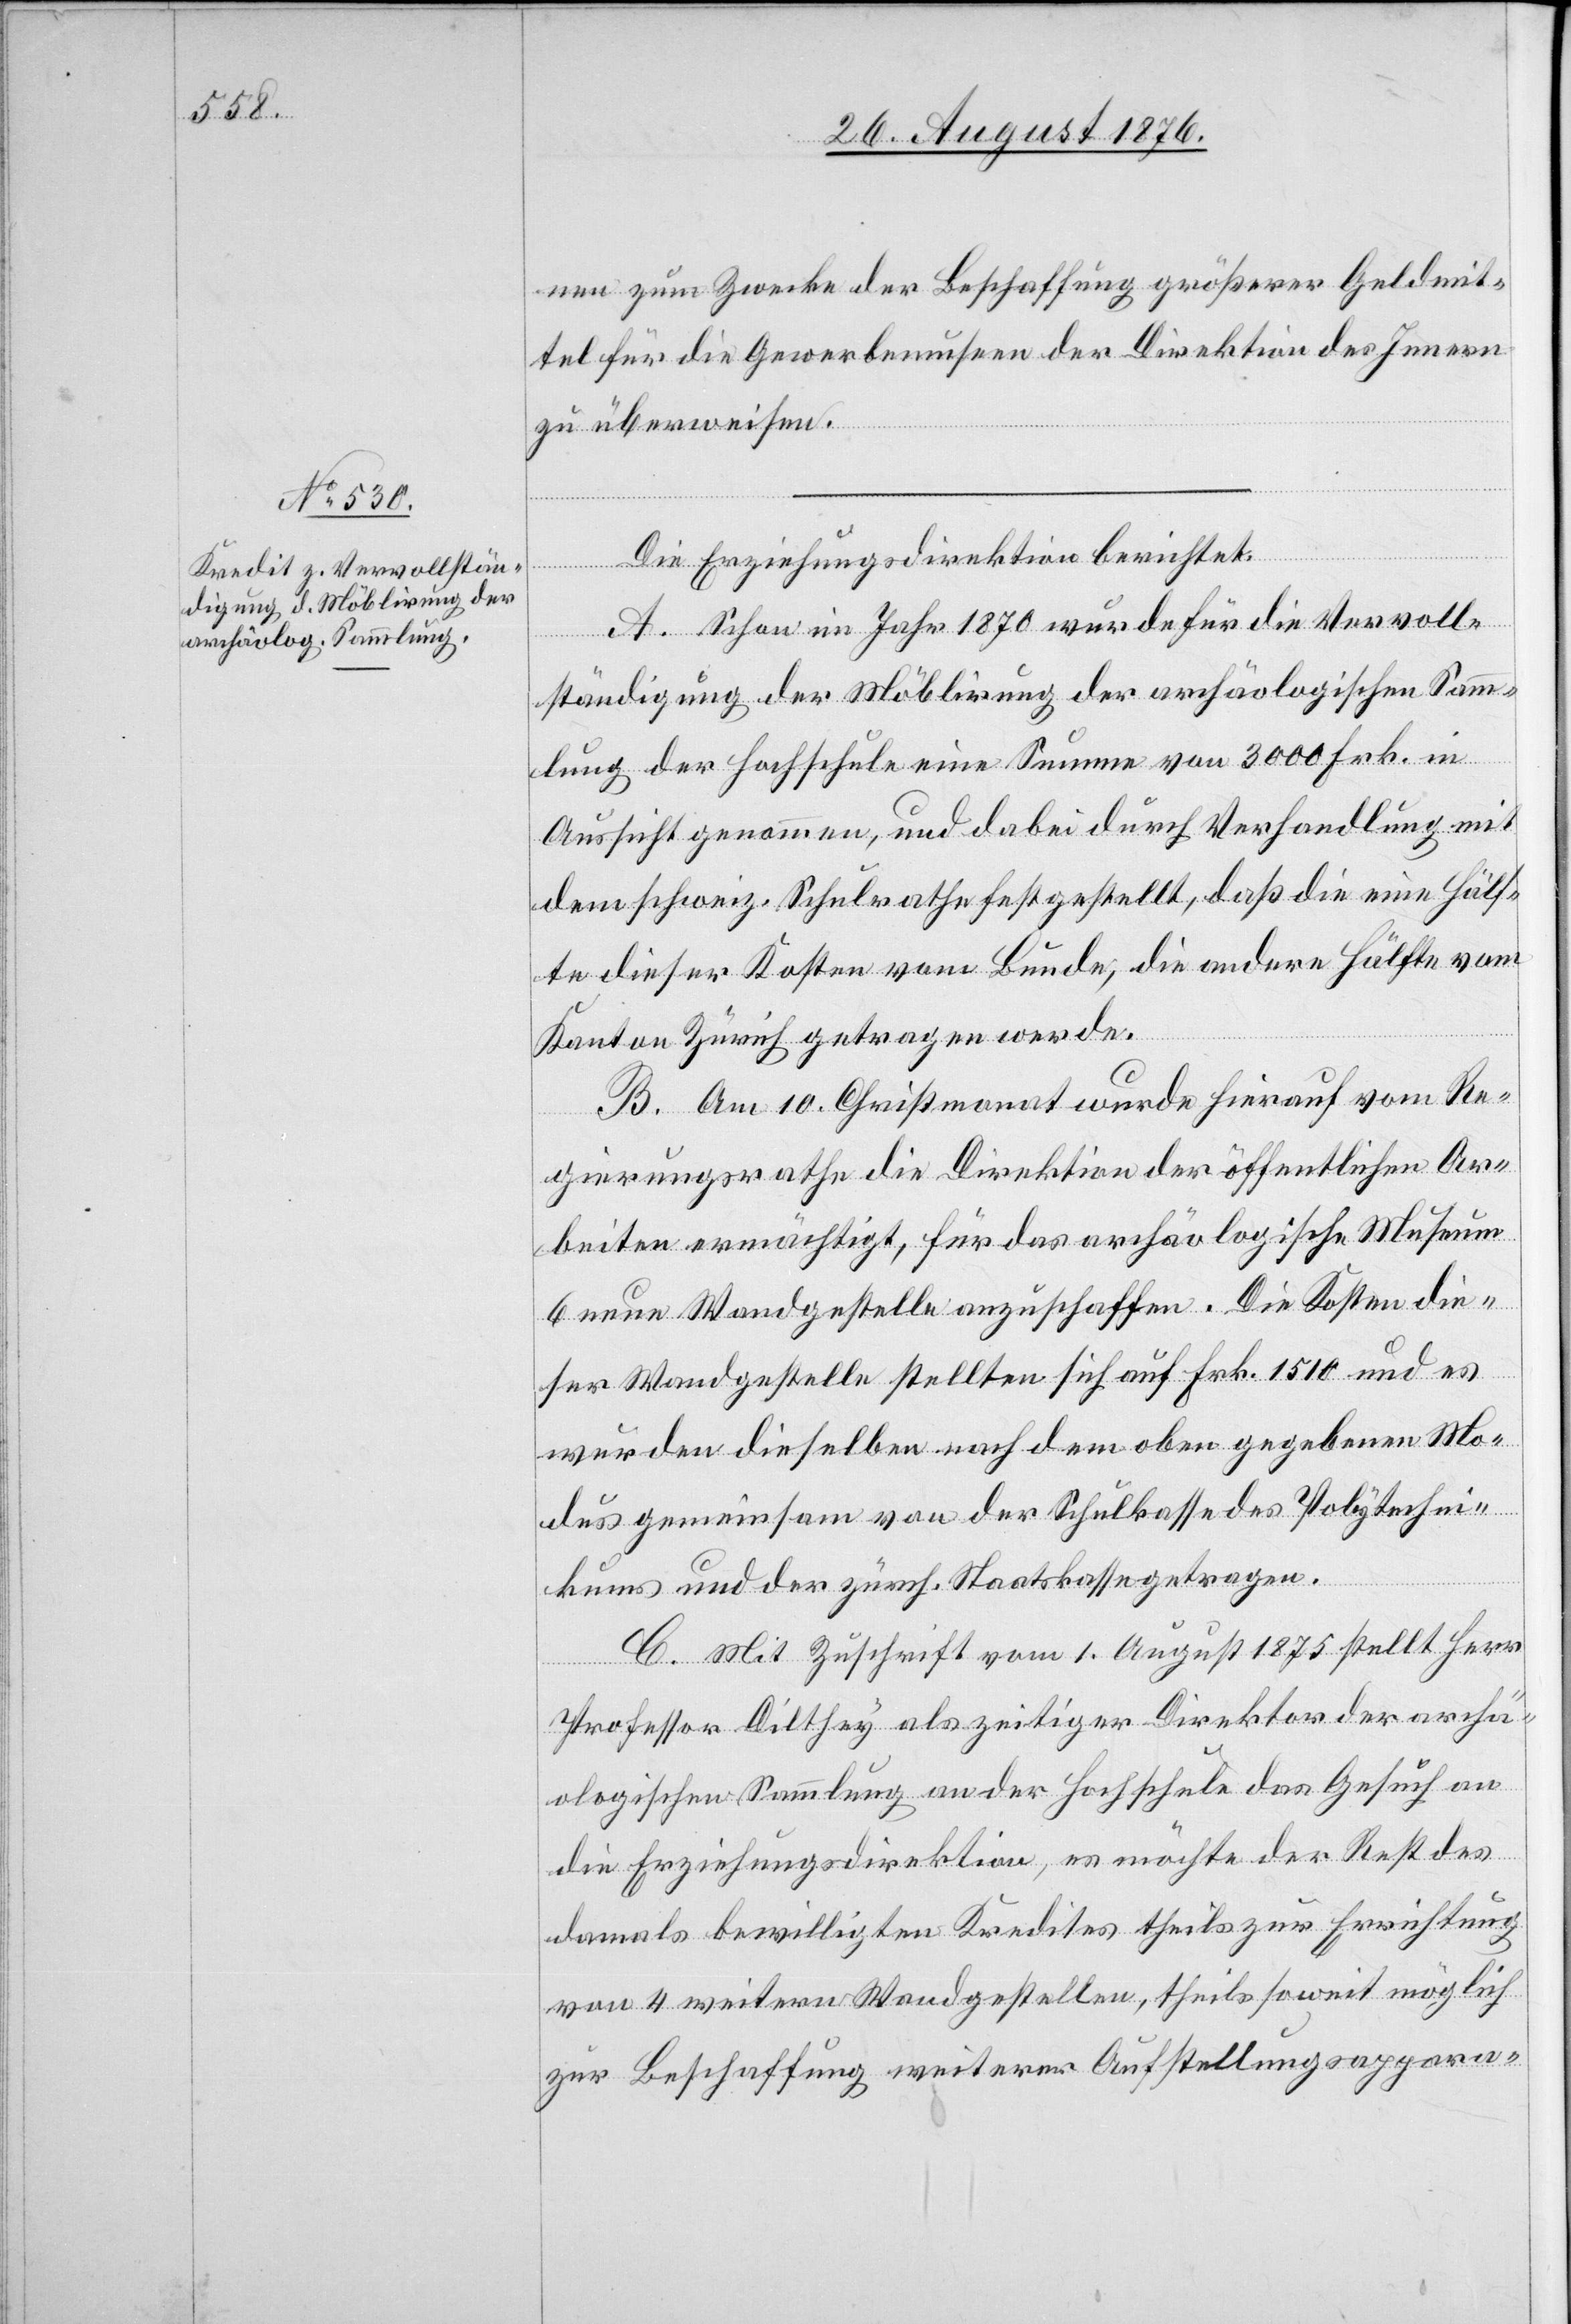
nen zum Zwecke der Beschaffung größerer Geldmit¬
tel für die Gewerbemuseen der Direktion des Innern
zu überweisen.
Die Erziehungsdirektion berichtet:
A. Schon im Jahr 1870 wurde für die Vervoll¬
ständigung der Möblirung der archäologischen Samm¬
lung der Hochschule eine Summe von 3000 Frk. in
Aussicht genommen, und dabei durch Verhandlung mit
dem schweiz. Schulrathe festgestellt, daß die eine Hälf¬
te dieser Kosten vom Bunde, die andere Hälfte vom
Kanton Zürich getragen werde.
B. Am 10. Christmonat wurde hierauf vom Re¬
gierungsrathe die Direktion der öffentlichen Ar¬
beiten ermächtigt, für das archäologische Museum
6 neue Wandgestelle anzuschaffen. Die Kosten die¬
ser Wandgestelle stellten sich auf Frk. 1510 und es
wurden dieselben nach dem oben gegebenen Mo¬
dus gemeinsam von der Schulkasse des Polytechni¬
kums und der zürch. Staatskasse getragen.
C. Mit Zuschrift vom 1. August 1875 stellt Herr
Professor Dilthey als zeitiger Direktor der archä¬
ologischen Sammlung an der Hochschule das Gesuch an
die Erziehungsdirektion, es möchte der Rest des
damals bewilligten Kredites theils zur Errichtung
von 4 weitern Wandgestellen, theils soweit möglich
zur Beschaffung weiterer Aufstellungsappara-